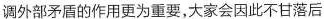
调外部矛盾的作用更为重要，大家会因此不甘落后